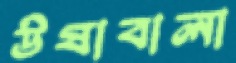
উষাবালা